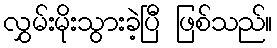
လွှမ်းမိုးသွားခဲ့ပြီ ဖြစ်သည်။